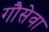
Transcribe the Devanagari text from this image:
गौसेवा